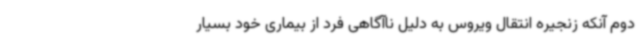
دوم آنکه زنجیره انتقال ویروس به دلیل ناآگاهی فرد از بیماری خود بسیار